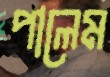
পালেম